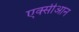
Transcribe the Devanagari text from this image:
एक्सीआन